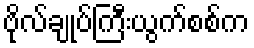
ဗိုလ်ချုပ်ကြီးယွက်စစ်က